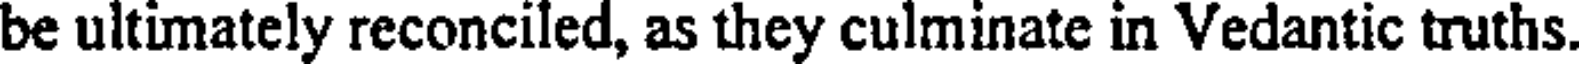
be ultimately reconciled, as they culminate in Vedantic truths.